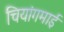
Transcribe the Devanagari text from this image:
चियांगमाई